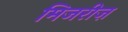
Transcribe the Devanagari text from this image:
मिजरीज़